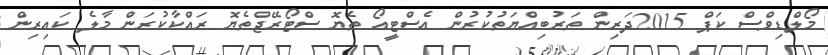
މޯލްޑިވްސް ކަޕް 2015ދަރިން ތަރުބިއްޔަތުކުރުން އެސްޓީއޯ ތެޔޮ ސްޓޯރޭޖްތެޔޮ ރައްކާކުރަން މާލެ ކައިރިން